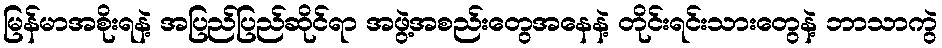
မြန်မာအစိုးရနဲ့ အပြည်ပြည်ဆိုင်ရာ အဖွဲ့အစည်းတွေအနေနဲ့ တိုင်းရင်းသားတွေနဲ့ ဘာသာကွဲ